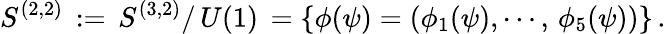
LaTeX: S^{(2,2)}\, :=\, S^{(3,2)}/\, U(1)\, =\{ \phi(\psi)=(\phi_{1}(\psi),\cdots,\, \phi_{5}(\psi))\} \, .